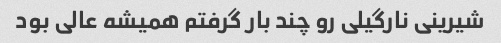
شیرینی نارگیلی رو چند بار گرفتم همیشه عالی بود